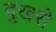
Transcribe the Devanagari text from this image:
दुखरी